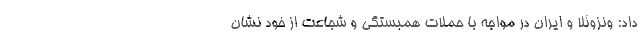
داد: ونزوئلا و ایران در مواجه با حملات همبستگی و شجاعت از خود نشان